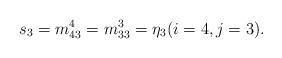
LaTeX: \begin{align*}s_3= m_{43}^4 = m_{33}^3 = \eta_3 (i=4, j=3).\end{align*}